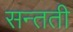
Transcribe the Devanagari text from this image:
सन्तती